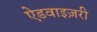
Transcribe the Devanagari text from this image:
ऐडवाइज़री